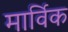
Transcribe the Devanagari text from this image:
मार्विक